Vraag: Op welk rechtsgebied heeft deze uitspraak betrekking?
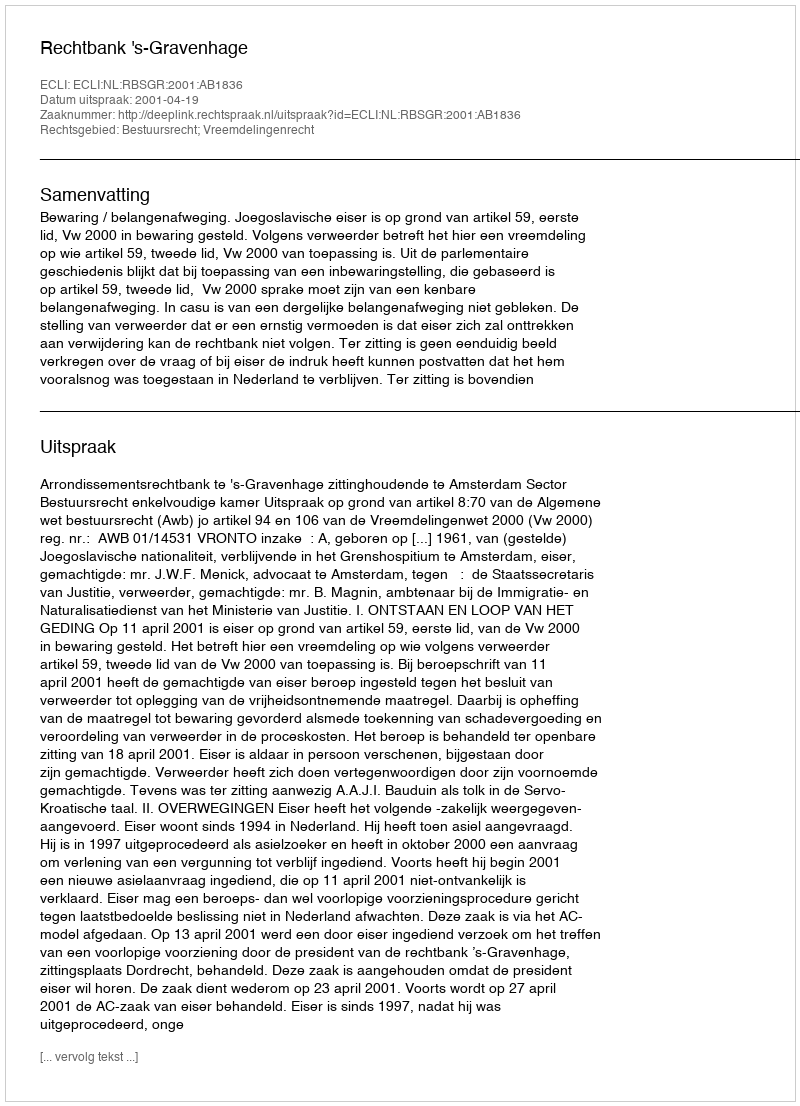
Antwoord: Bestuursrecht; Vreemdelingenrecht